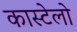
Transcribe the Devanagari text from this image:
कास्टेलो